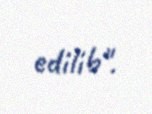
edilib".